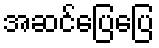
အဆင်ပြေပြေ